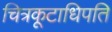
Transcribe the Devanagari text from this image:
चित्रकूटाधिपति